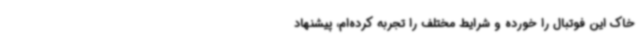
خاک این فوتبال را خورده‌ و شرایط مختلف را تجربه کرده‌ام، پیشنهاد